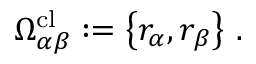
\Omega _ { \alpha \beta } ^ { \mathrm { c l } } : = \left\{ r _ { \alpha } , r _ { \beta } \right\} \, .